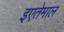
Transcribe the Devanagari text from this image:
इएतेमाल